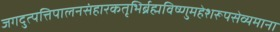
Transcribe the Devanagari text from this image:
जगदुत्पत्तिपालनसंहारकतृभिर्ब्रह्मविष्णुमहेशरूपसेव्यमाना